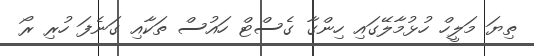
ތިޔަ މަލީހް ހުޅުމާލޭގައި ހިންގާ ގެސްޓް ހައުސް ތަކާއި ގަނެފަ ހުރި ރޯ